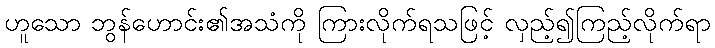
ဟူသော ဘွန်ဟောင်း၏အသံကို ကြားလိုက်ရသဖြင့် လှည့်၍ကြည့်လိုက်ရာ